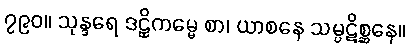
၇၉၀။ သုန္ဒရေ ဒဠှိကမ္မေ စာ၊ ယာစနေ သမ္ပဋိစ္ဆနေ။